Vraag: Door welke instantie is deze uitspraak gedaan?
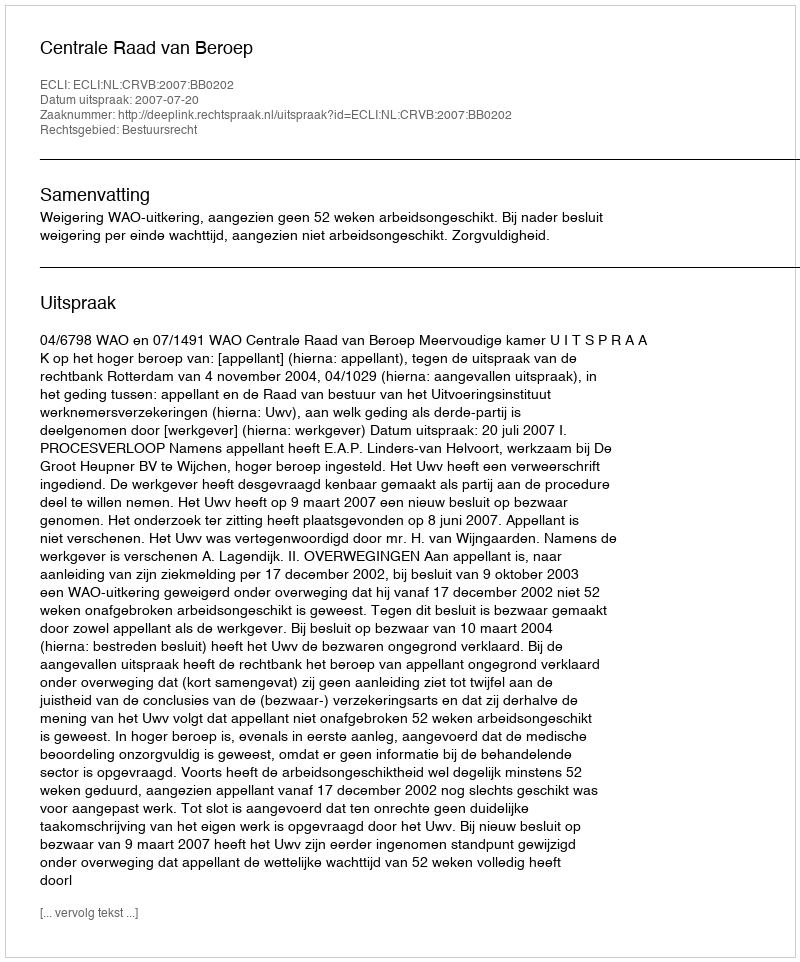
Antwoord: Centrale Raad van Beroep